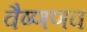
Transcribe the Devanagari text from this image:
वैष्णणव